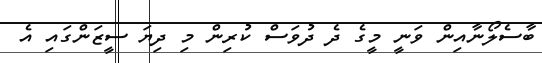
ބާސެލޯނާއިން ވަނީ މީގެ ދެ ދުވަސް ކުރިން މި ދިޔަ ސީޒަންގައި އެ